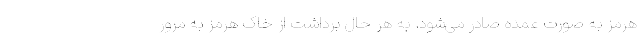
هرمز به صورت عمده صادر می‌شود. به هر حال برداشت از خاک هرمز به مرور